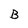
Character: B